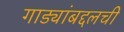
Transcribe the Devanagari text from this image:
गाड्यांबद्दलची